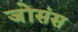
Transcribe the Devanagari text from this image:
जोंसंस